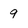
Character: 9